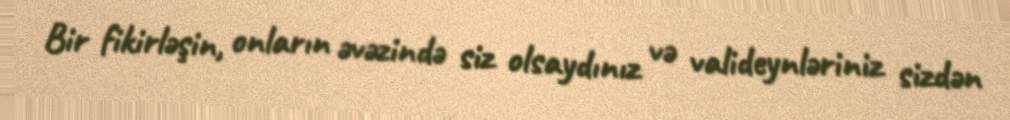
Bir fikirləşin, onların əvəzində siz olsaydınız və valideynləriniz sizdən